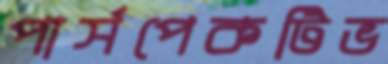
পার্সপেকটিভ